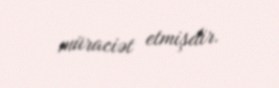
müraciət etmişdir.